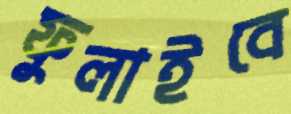
ফুলাইবে